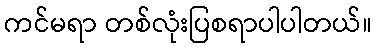
ကင်မရာ တစ်လုံးပြစရာပါပါတယ်။